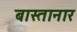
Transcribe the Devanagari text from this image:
बास्तानार